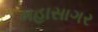
મહાસાગર